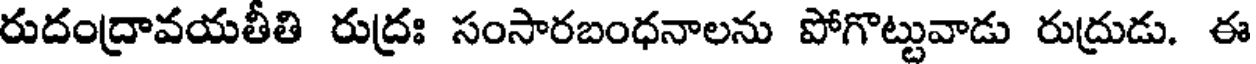
రుదంద్రావయతీతి రుద్రః సంసారబంధనాలను పోగొట్టువాడు రుద్రుడు. ఈ